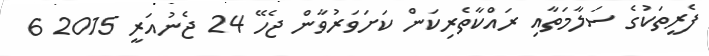
ފެރީތަކުގެ ސަލާމަތާއި ރައްކާތެރިކަން ކަށަވަރުވާން ޖެހޭ 24 ޖެނުއަރީ 2015 6